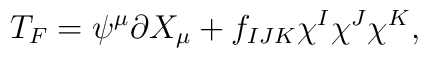
T_F=\psi^\mu\partial X_\mu+f_{IJK}\chi^I\chi^J\chi^K,